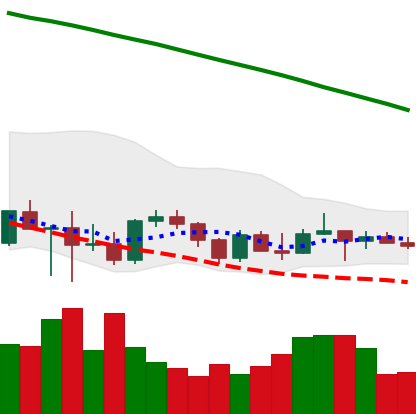
Ticker: TRX-USD
Chart end date: 2022-03-13
Forward return: 3.918%
Label: up_3_5